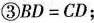
③$$B D = C D$$；